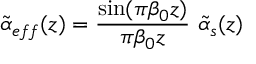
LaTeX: \tilde { \alpha } _ { e f f } ( z ) = { \frac { \sin ( \pi \beta _ { 0 } z ) } { \pi \beta _ { 0 } z } } \ \tilde { \alpha } _ { s } ( z )